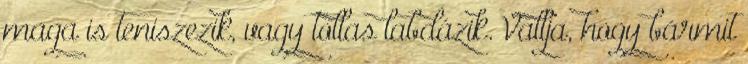
maga is teniszezik, vagy tollas labdázik. Vallja, hogy bármit